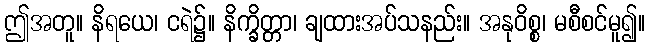
ဤအတူ။ နိရယေ၊ ငရဲ၌။ နိက္ခိတ္တာ၊ ချထားအပ်သနည်း။ အနုဝိစ္စ၊ မစီစင်မူ၍။